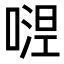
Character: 𭉴